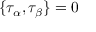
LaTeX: \{ \tau _ { \alpha } , \tau _ { \beta } \} = 0